Vaccination Hyderabad 1890-1903 - 1890-1903
Year: 1890
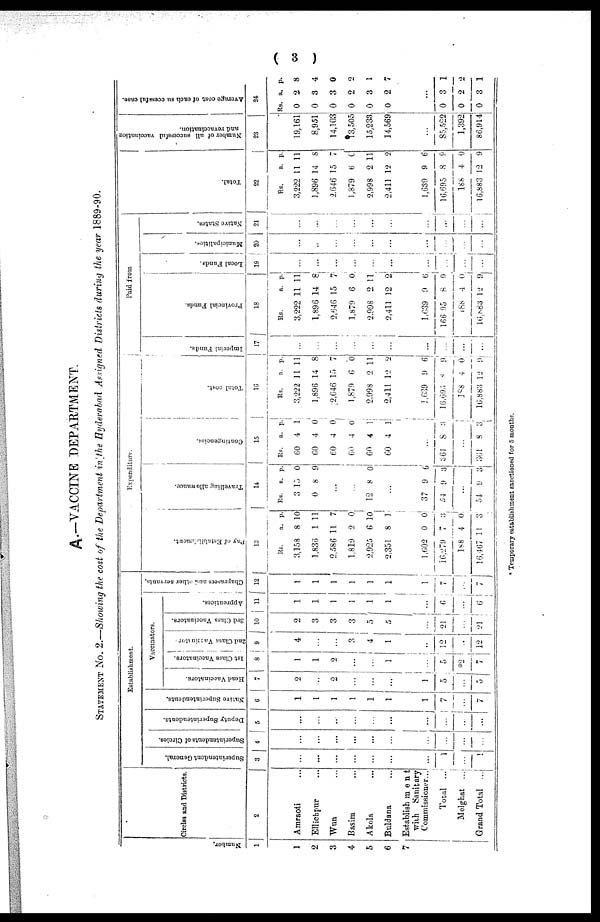
( 3 )
A.—VACCINE DEPARTMENT.
STATEMENT No. 2.—Showing the cost of the Department in the Hyderabad Assigned Districts during the year 1889-90.
Number.
1
1
2
3
4
5
6
7
Circles and Districts.
2
Amraoti ...
Ellichpur ...
Wun ...
Basim
Akola
Buldana
Establishment
with
Sanitary
Commissioner...
Total
...
Melghat
...
Grand Total ...
Establishment.
Superintendent General.
3
...
...
...
...
...
...
1
...
1
Superintendents of Circles.
4
...
...
...
...
...
...
...
...
...
Deputy Superintendents.
5
...
...
...
...
...
...
...
...
...
Native Superintendents.
6
1
1
1
1
1
1
1
7
...
7
Vaccinators.
Head Vaccinators.
7
2
...
2
...
...
...
1
5
...
5
1st Class Vaccinators.
8
1
1
2
...
...
1
...
5
*2
7
2nd Class Vaccinator.
9
4
...
...
3
4
1
...
12
...
12
3rd Class Vaccinators.
10
2
3
3
3
5
5
...
21
...
21
Apprentices.
11
1
1
1
1
1
1
...
6
...
6
Chaprasees and other servants.
12
1
1
1
1
1
1
1
7
...
7
Expenditure.
Pay of Establishment.
13
Rs.
3,158
1,836
2,586
1,819
2,925
2,351
1,602
16,279
188
16,467
a.
8
1
11
0
6
8
0
7
4
11
p.
10
11
7
0
10
1
0
3
0
3
Travelling allowance.
14
RS.
3
0
a.
15
8
p.
0
9
...
...
12 8 0
...
37
54
9
9
6
3
54 9 3
Contingencies.
15
RS.
60
60
60
60
60
60
a.
4
4
4
4
4
4
p.
1
0
0
0
1
1
...
361 8 3
361 8 3
Total cost.
16
Rs.
3,222
1,896
2,646
1,879
2,998
2,411
1, 639
16,695
188
16,883
a.
11
14
15
6
2
12
9
8
4
12
p.
11
8
7
0
11
2
6
9
0
9
Paid from
Imperial Funds.
17
...
...
...
...
...
...
...
...
...
...
Provincial Funds.
18
Rs.
3,222
1,896
2,646
1,879
2,998
2,411
1,639
166,95
l88
16,883
a.
11
14
15
6
2
12
9
8
4
12
p.
11
8
7
0
11
2
6
9
0
9
Local Funds.
19
...
...
...
...
...
...
...
...
...
...
Municipalities.
20
...
...
...
...
...
...
...
...
...
...
Native States.
21
...
...
...
...
...
...
...
...
...
...
Total.
22
Rs.
3,222
1,896
2,646
1,879
2,998
2,411
1,639
16,695
188
16,883
a.
11
14
15
6
2
12
9
8
4
12
p.
11
8
7
0
11
2
6
9
0
9
Number of all successful vaccination
and revaccination.
23
19,161
8,951
14,103
13,505
15,233
14,569
...
85,522
1,392
86,914
Average cost of each successful case.
24
Rs.
0
0
0
0
0
0
a.
2
3
3
2
3
2
p.
8
4
0
2
1
7
...
0
0
0
3
2
3
1
2
1
* Temporary establishment sanctioned for 5 months.